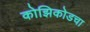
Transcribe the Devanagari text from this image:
कोझिकोडचा